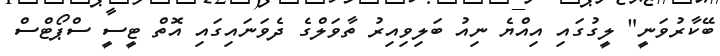
ބޭކާރުވަނީ" ލީގުގައި އިއްޔެ ނިއު ބަލިވިއިރު ތާވަލްގެ ދެވަނައިގައި އޮތް ޓީސީ ސްޕޯޓްސް